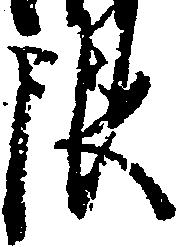
限